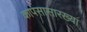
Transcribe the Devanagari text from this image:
कापसासारख्या